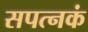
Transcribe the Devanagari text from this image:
सपत्नकं